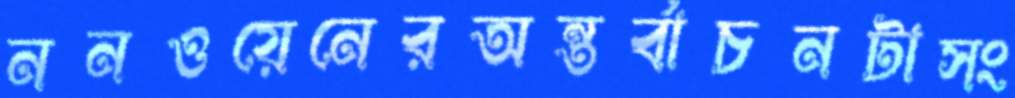
ননওয়েনেরঅন্তর্বাচনটাসং